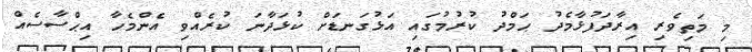
މި މަތިވެރި އިރާދަފުޅާމެދު ޙަމްދު ކުރުމުގައި އަޅުގަނޑަށް ކުޅަދާނަ ކުރެއްވި އެންމެހާ އިޙްސާސެއް